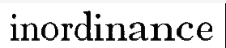
inordinance